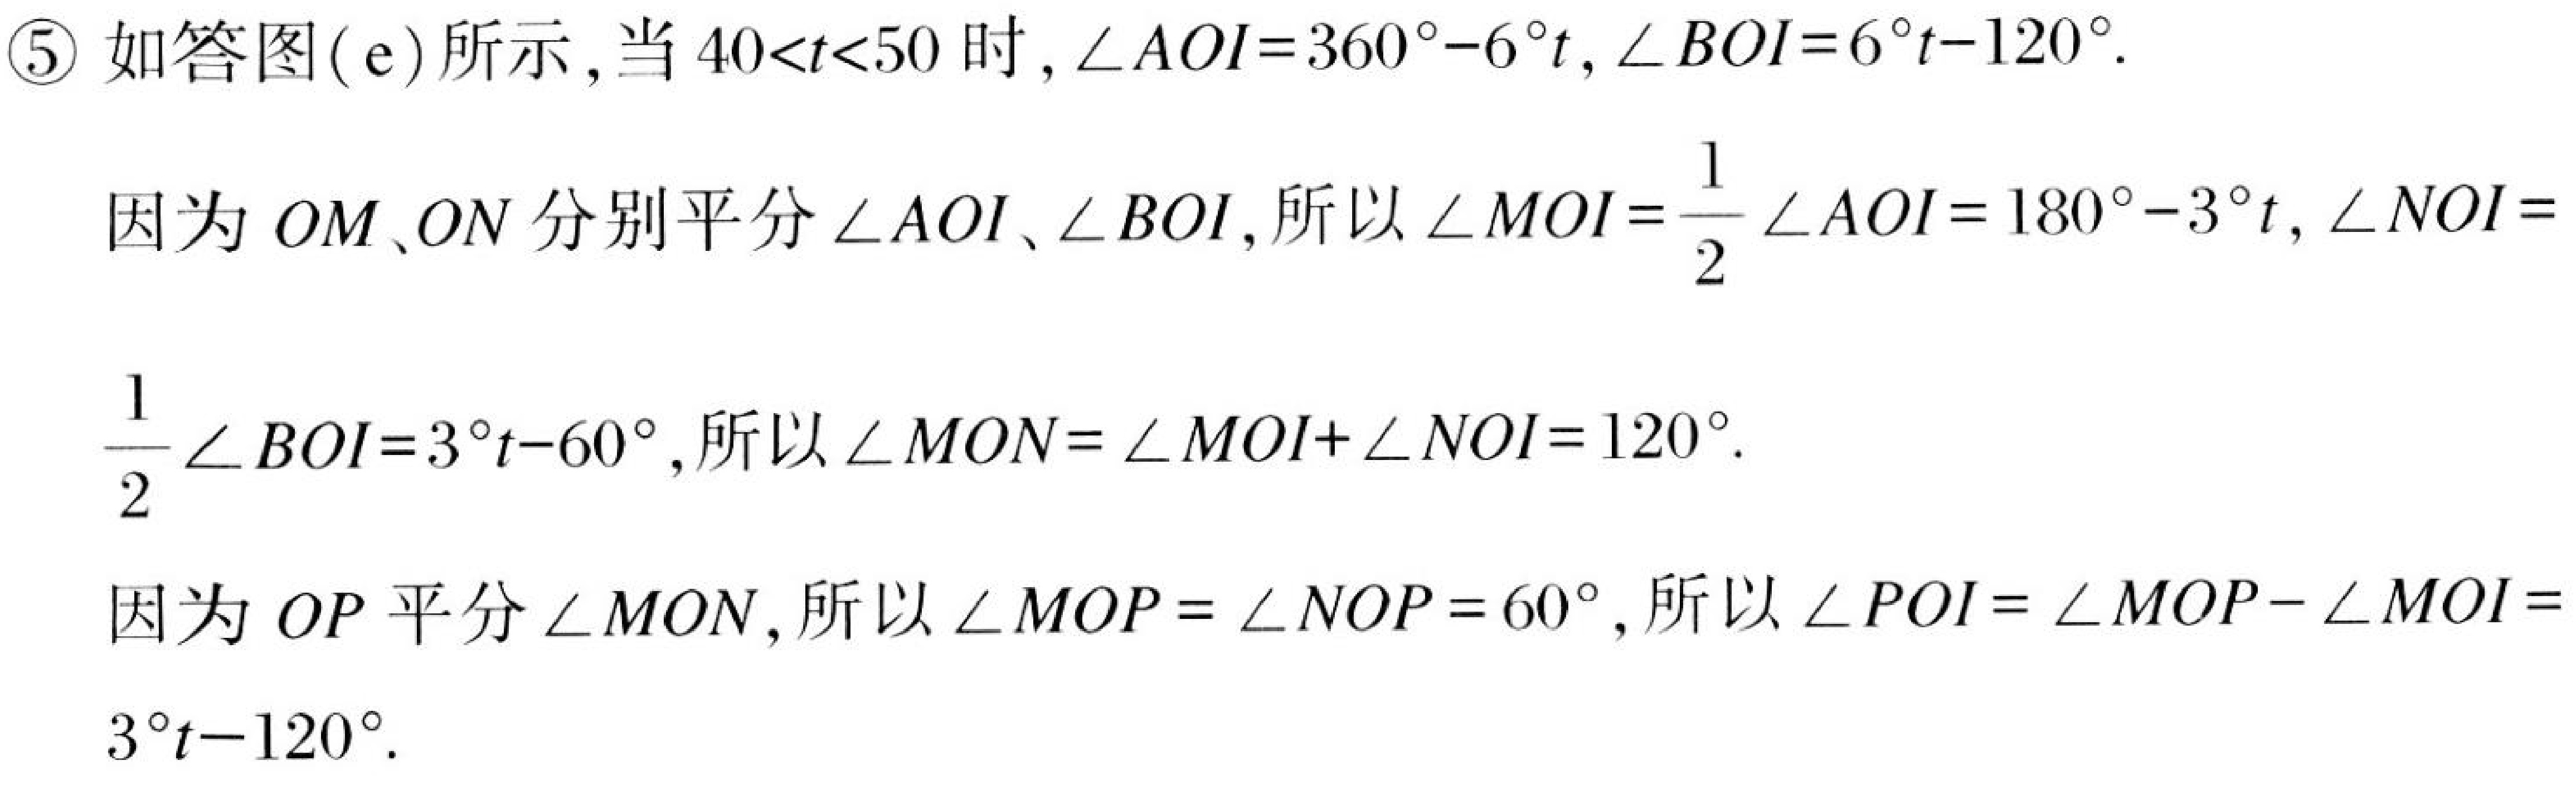
\textcircled{5} 如答图( e) 所示，当 \(40<t<50\) 时，\(\angle AOI = 360^{\circ}-6^{\circ}t\)，\(\angle BOI = 6^{\circ}t - 120^{\circ}\).
因为 \(OM\)、\(ON\) 分别平分 \(\angle AOI\)、\(\angle BOI\)，所以 \(\angle MOI=\dfrac{1}{2}\angle AOI = 180^{\circ}-3^{\circ}t\)，\(\angle NOI = \dfrac{1}{2}\angle BOI=3^{\circ}t - 60^{\circ}\)，所以 \(\angle MON=\angle MOI+\angle NOI = 120^{\circ}\).
因为 \(OP\) 平分 \(\angle MON\)，所以 \(\angle MOP=\angle NOP = 60^{\circ}\)，所以 \(\angle POI=\angle MOP-\angle MOI = 3^{\circ}t - 120^{\circ}\).